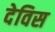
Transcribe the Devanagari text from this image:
देविस